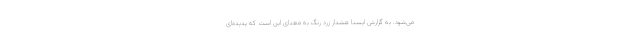
می‌شود. به گزارش ایسنا هشدار زرد رنگ به معنای این است که پدیده‌ای